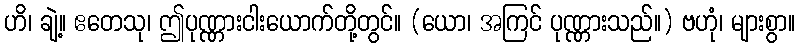
ဟိ၊ ချဲ့။ ဧတေသု၊ ဤပုဏ္ဏားငါးယောက်တို့တွင်။ (ယော၊ အကြင် ပုဏ္ဏားသည်။) ဗဟုံ၊ များစွာ။